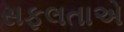
સફલતાએ